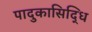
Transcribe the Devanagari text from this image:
पादुकासिद्धि